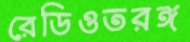
রেডিওতরঙ্গ